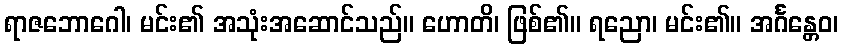
ရာဇဘောဂေါ၊ မင်း၏ အသုံးအဆောင်သည်။ ဟောတိ၊ ဖြစ်၏။ ရညော၊ မင်း၏။ အင်္ဂန္တေဝ၊